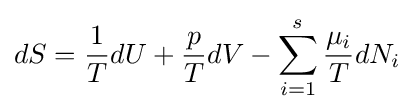
dS={\frac {1}{T}}dU+{\frac {p}{T}}dV-\sum _{i=1}^{s}{\frac {\mu _{i}}{T}}dN_{i}